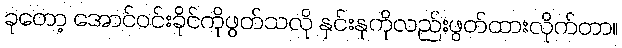
ခုတော့ အောင်ဝင်းခိုင်ကိုဖွတ်သလို နှင်းနုကိုလည်းဖွတ်ထားလိုက်တာ။